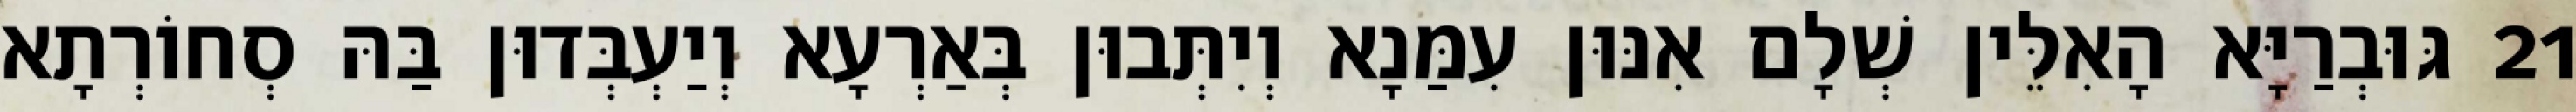
21 גּוּבְרַיָּא הָאִלֵּין שְׁלָם אִנּוּן עִמַּנָא וְיִתְּבוּן בְּאַרְעָא וְיַעְבְּדוּן בַּהּ סְחוֹרְתָא